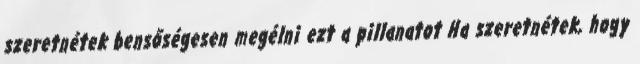
szeretnétek bensőségesen megélni ezt a pillanatot Ha szeretnétek, hogy